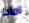
لماذا